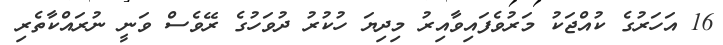
16 އަހަރުގެ ކުއްޖަކު މަރުވެފައިވާއިރު މިދިޔަ ހުކުރު ދުވަހުގެ ރޭވެސް ވަނީ ނުރައްކާތެރި